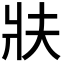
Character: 𭷀